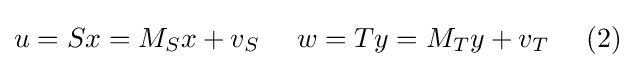
u=Sx=M_{S}x+v_{S}\ \ \ \ w=Ty=M_{T}y+v_{T}\ \ \ \ (2)